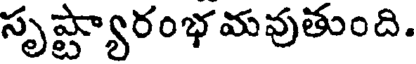
సృష్ట్యారంభమవుతుంది.